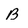
Character: B